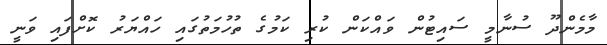
މާމެންދޫ ސުނާމީ ސައިޓުން ވައްކަން ކުރި ކަމުގެ ތުހުމަތުގައި ހައްޔަރު ކޮށްފައި ވަނީ